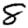
Digit: 8